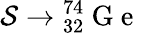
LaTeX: \mathcal{S}\rightarrow{_{32}^{74}}\mathrm{~G~e~}